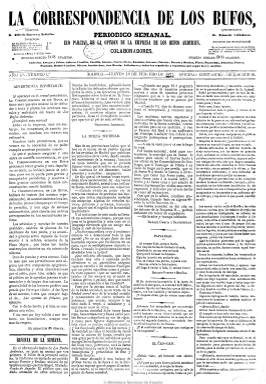
Título: La Correspondencia de los bufos
Colección: Teatro || Periódicos
Ámbito geográfico: Madrid
Lugar de publicación: Madrid
Fechas: 16/02/1871-12/08/1871

Subtitulado como “periódico semanal: eco parcial de la empresa de Los Bufos Arderius”, fue editado durante 1871 por el actor, cantante y empresario Francisco Arderius y Bardán (1835-1886), quien introdujo este estilo de teatro musical divertido en la escena española al tiempo que se producía la revolución septembrina de 1868. Apareció para defender los intereses de la Compañía Los Bufos Arderius, y ajeno totalmente de la política, pero también para hablar de otros teatros, así como de los demás espectáculos (bailes, ferias, etc.), actividades de los salones aristocráticos y acontecimientos ocurridos en Madrid. Escrito en un tono burlesco, dio cabida también a epigramas, charadas, poemas y folletín, y a partir del número seis a grabados en su primera página de carácter cómico y caricaturesco, firmados por Cubas. Fue dirigido por Alfredo Guerra Arderius, y su administrador fue Eduardo Valladares. Sus textos fueron firmados, además de por los ya citados, por un buen número de colaboradores, entre los que se encontraban Antonio de San Martín, Santiago Infante de Palacios, Mariano Leorroux y el mismo Francisco Asenjo Barbieri. Empezó apareciendo los jueves y después los sábados, en números de cuatro páginas, hasta editar 26 números. En el último, de 12 de agosto de 1871, se despidió hasta octubre, pero no volvió a aparecer más.